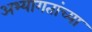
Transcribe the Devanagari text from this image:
अभ्यागतांच्या